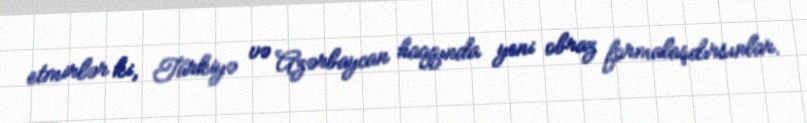
etmirlər ki, Türkiyə və Azərbaycan haqqında yeni obraz formalaşdırsınlar.